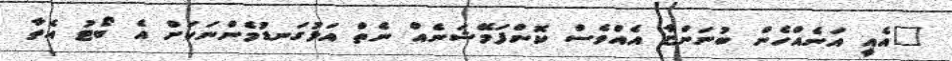
"އެއީ އަނެއްހެން ބުނަންޏާ އެއްވެސް ކޮންފަމޭޝަނެއް ނެތް އަޅުގަނޑުމެންނަކަށް އެ ބޯޓު އެތާ